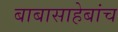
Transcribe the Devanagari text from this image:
बाबासाहेबांच